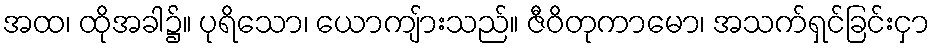
အထ၊ ထိုအခါ၌။ ပုရိသော၊ ယောကျ်ားသည်။ ဇီဝိတုကာမော၊ အသက်ရှင်ခြင်းငှာ